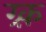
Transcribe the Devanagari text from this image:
ग्र्क़